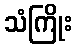
သံကြိုး